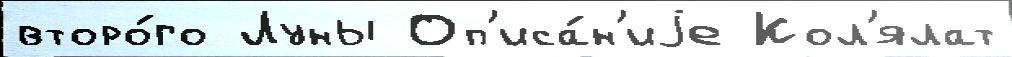
второ́го Луны Оп'иса́н'иjе Кол'ялат